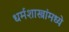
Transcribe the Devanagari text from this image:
धर्मशास्त्रांमध्ये